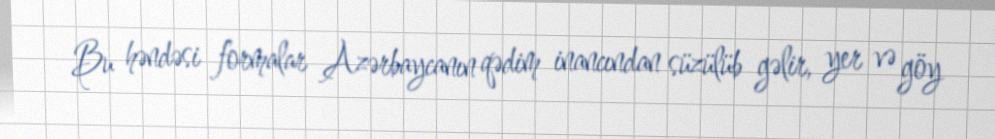
Bu həndəsi formalar Azərbaycanın qədim inancından süzülüb gəlir, yer və göy